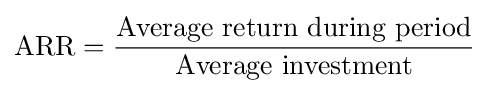
{\text{ARR}}={\frac {\text{Average return during period}}{\text{Average investment}}}